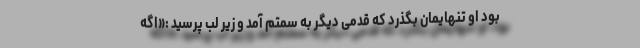
بود او تنهایمان بگذرد که قدمی دیگر به سمتم آمد و زیر لب پرسید :«اگه